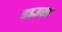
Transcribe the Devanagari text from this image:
डाउस